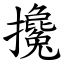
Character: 攙